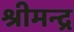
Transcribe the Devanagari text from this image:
श्रीमन्द्र